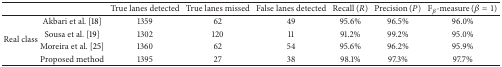
<table><thead><tr><td><b> </b></td><td><b> </b></td><td><b>True lanes detected</b></td><td><b>True lanes missed</b></td><td><b>False lanes detected</b></td><td><b>Recall (<i>R</i>)</b></td><td><b>Precision (<i>P</i>)</b></td><td><b>F<sub><i>β</i></sub>-measure (<i>β</i> = 1)</b></td></tr></thead><tbody><tr><td rowspan="4">Real class</td><td>Akbari et al. [18]</td><td>1359</td><td>62</td><td>49</td><td>95.6%</td><td>96.5%</td><td>96.0%</td></tr><tr><td>Sousa et al. [19]</td><td>1302</td><td>120</td><td>11</td><td>91.2%</td><td>99.2%</td><td>95.0%</td></tr><tr><td>Moreira et al. [25]</td><td>1360</td><td>62</td><td>54</td><td>95.6%</td><td>96.2%</td><td>95.9%</td></tr><tr><td>Proposed method</td><td>1395</td><td>27</td><td>38</td><td>98.1%</td><td>97.3%</td><td>97.7%</td></tr></tbody></table>